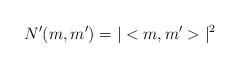
LaTeX: \begin{align*}N^{\prime}(m,m^{\prime})=|<m,m^{\prime}>|^{2}\end{align*}